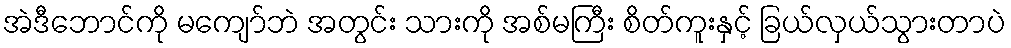
အဲဒီဘောင်ကို မကျော်ဘဲ အတွင်း သားကို အစ်မကြီး စိတ်ကူးနှင့် ခြယ်လှယ်သွားတာပဲ